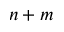
n + m